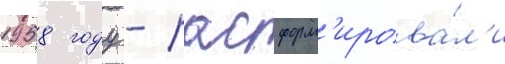
1958 году - расформ'ирова́л'и